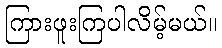
ကြားဖူးကြပါလိမ့်မယ်။